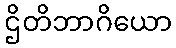
ဌိတိဘာဂိယော